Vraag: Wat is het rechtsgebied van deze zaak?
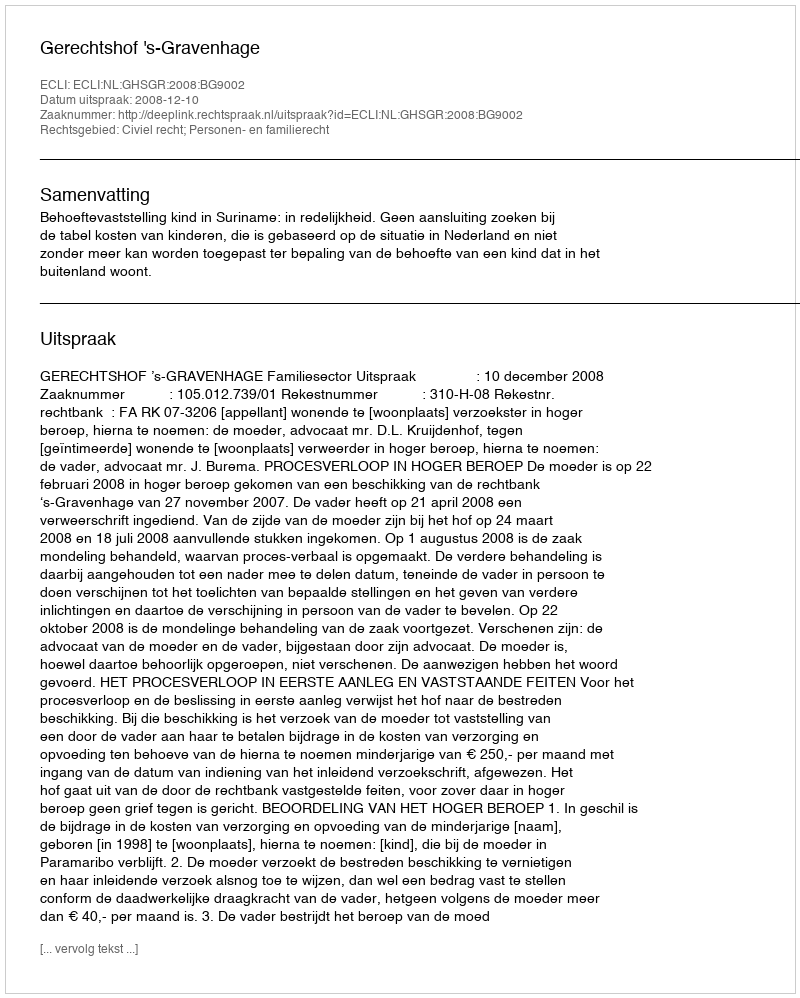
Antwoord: Civiel recht; Personen- en familierecht